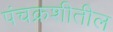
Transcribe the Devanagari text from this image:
पंचक्रशीतील